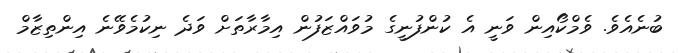
ބުނެއެވެ. ވެމްކޯއިން ވަނީ އެ ކުންފުނީގެ މުވައްޒަފުން އިމާރާތަށް ވަދެ ނިކުމެވޭނެ އިންތިޒާމް